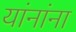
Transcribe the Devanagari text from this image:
यांनांना